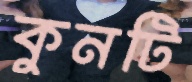
কুনটি